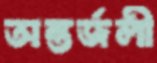
অন্তর্জলী